画像に写った文字を読んでください
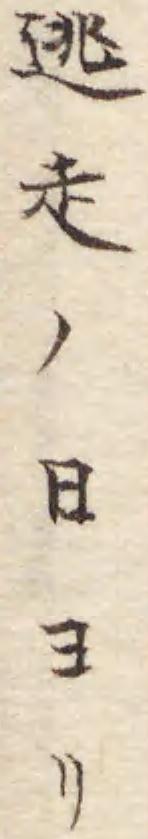
「逃走ノ日ヨリ」と書いてあります